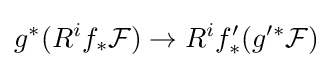
g^{*}(R^{i}f_{*}{\mathcal {F}})\to R^{i}f'_{*}(g'^{*}{\mathcal {F}})